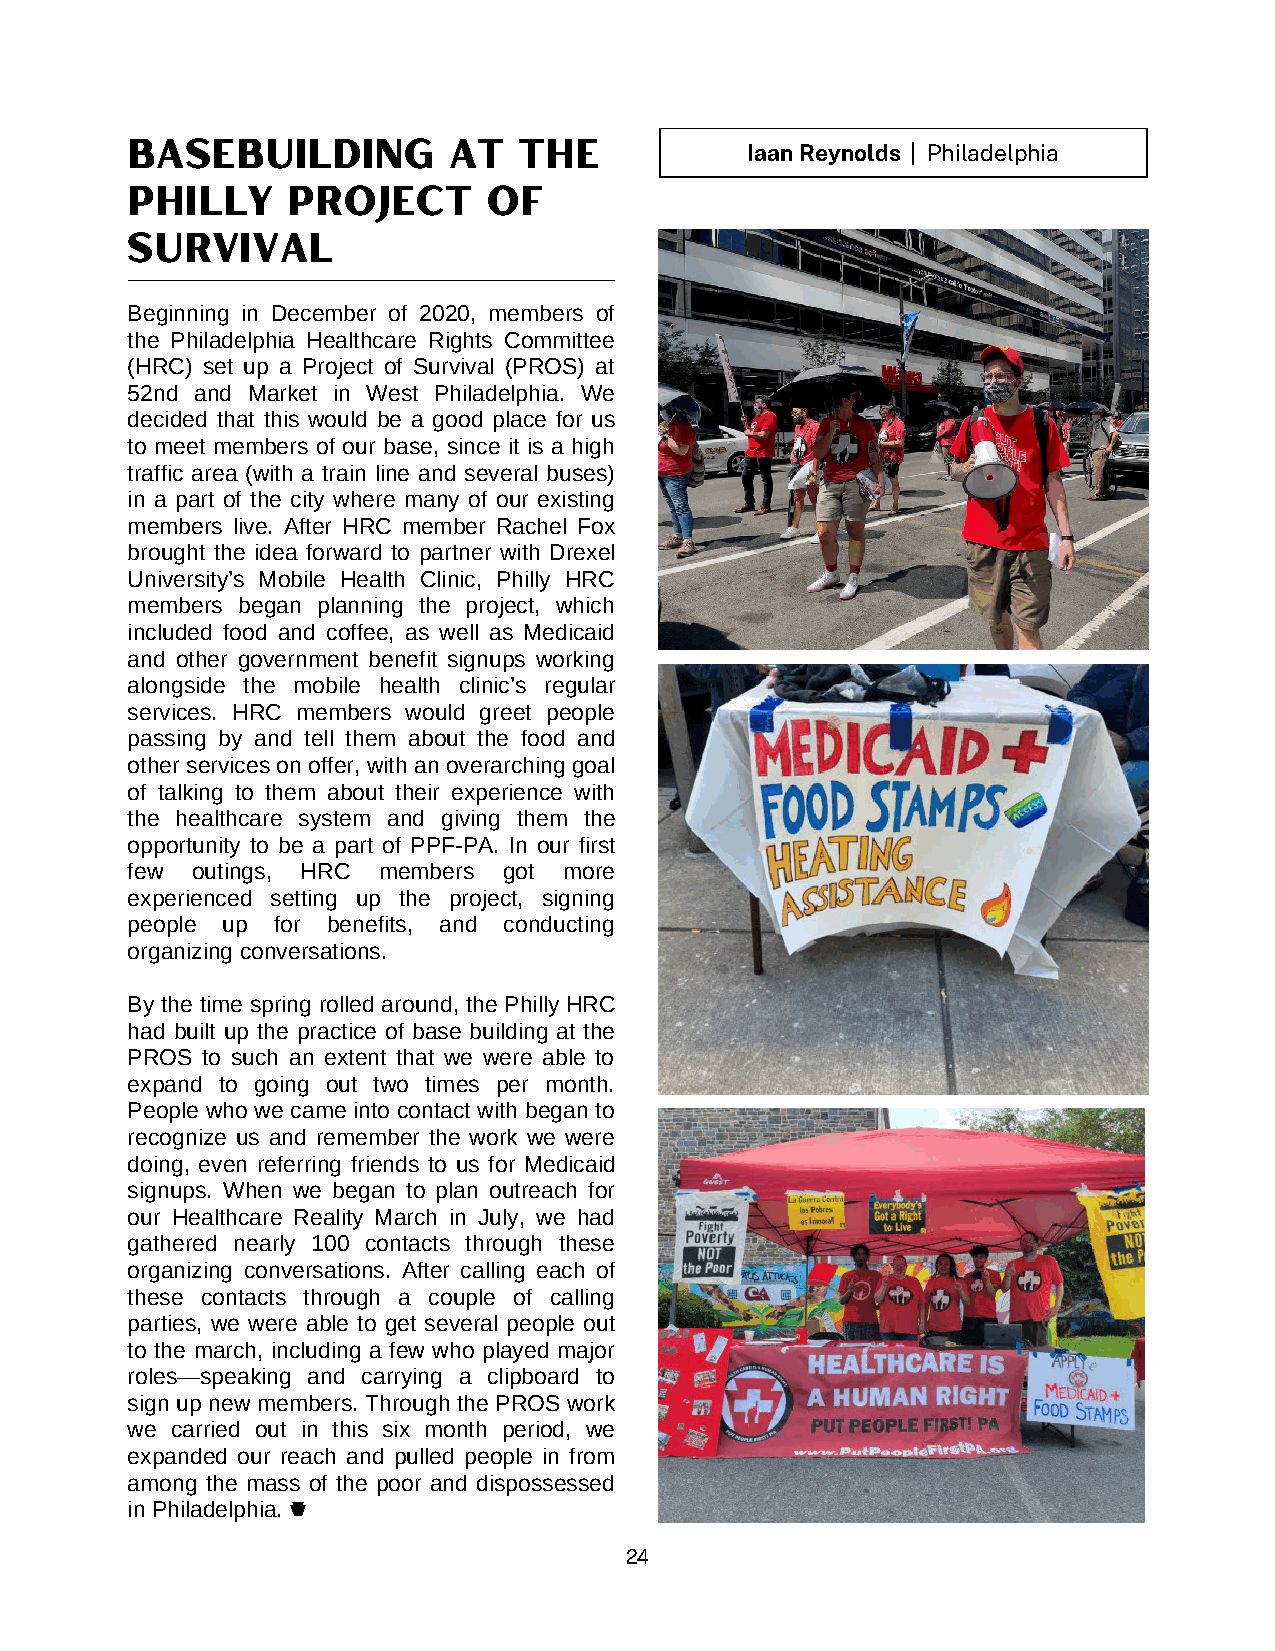
BASEBUILDING          AT  THE            Iaan Reynolds | Philadelphia
 PHILLY     PROJECT      OF
 SURVIVAL
 Beginning in December of 2020, members of
 the Philadelphia Healthcare Rights Committee
 (HRC) set up a Project of Survival (PROS) at
 52nd and Market in West Philadelphia. We
 decided that this would be a good place for us
 to meet members of our base, since it is a high
 traffic area (with a train line and several buses)
 in a part of the city where many of our existing
 members live. After HRC member Rachel Fox
 brought the idea forward to partner with Drexel
 University’s Mobile Health Clinic, Philly HRC
 members began planning the project, which
 included food and coffee, as well as Medicaid
 and other government benefit signups working
 alongside the mobile health clinic’s regular
 services. HRC members would greet people
 passing by and tell them about the food and
 other services on offer, with an overarching goal
 of talking to them about their experience with
 the healthcare system and giving them the
 opportunity to be a part of PPF-PA. In our first
 few  outings, HRC members got more
 experienced setting up the project, signing
 people up for benefits, and conducting
 organizing conversations.
 By the time spring rolled around, the Philly HRC
 had built up the practice of base building at the
 PROS to such an extent that we were able to
 expand to going out two times per month.
 People who we came into contact with began to
 recognize us and remember the work we were
 doing, even referring friends to us for Medicaid
 signups. When we began to plan outreach for
 our Healthcare Reality March in July, we had
 gathered nearly 100 contacts through these
 organizing conversations. After calling each of
 these contacts through a couple of calling
 parties, we were able to get several people out
 to the march, including a few who played major
 roles—speaking and carrying a clipboard to
 sign up new members. Through the PROS work
 we carried out in this six month period, we
 expanded our reach and pulled people in from
 among the mass of the poor and dispossessed
 in Philadelphia.
 24